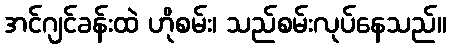
အင်ဂျင်ခန်းထဲ ဟိုစမ်း၊ သည်စမ်းလုပ်နေသည်။